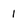
Character: 1